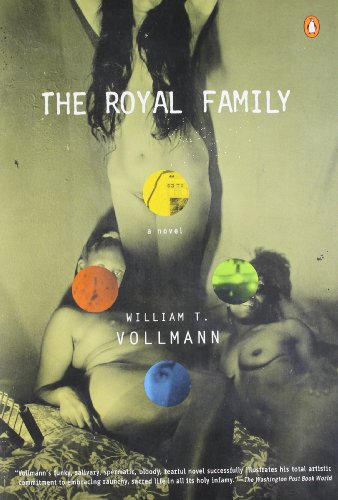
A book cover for The Royal Family; William T. Vollmann; Romance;